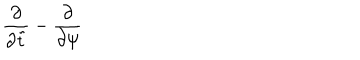
{ \frac { \partial } { \partial \tilde { t } } } - { \frac { \partial } { \partial \psi } }